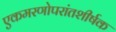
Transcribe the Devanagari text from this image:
एकमरणोपरांतशीर्षक